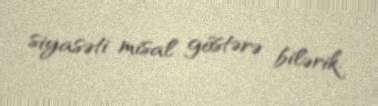
siyasəti misal göstərə bilərik.